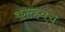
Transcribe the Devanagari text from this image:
कल्हवच